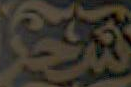
شعر